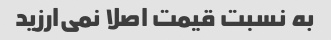
به نسبت قیمت اصلا نمی‌ارزید